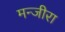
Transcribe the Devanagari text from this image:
मन्जीरा